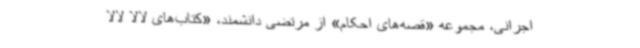
اجرانی، مجموعه «قصه‌های احکام» از مرتضی دانشمند، «کتاب‌های لالا لالا